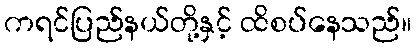
ကရင်ပြည်နယ်တို့နှင့် ထိစပ်နေသည်။